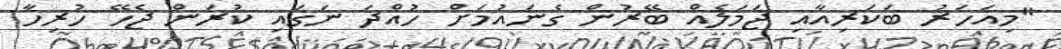
"މިއަހަރު ބަކަރިއާއި ޖަމަލެއް ބޭރުން ގެނައުމަށް ހުއްދަ ނަގައި ކުރަން ޖެހޭ ހުރިހާ